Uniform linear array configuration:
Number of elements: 8
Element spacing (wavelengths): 0.25
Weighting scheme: binomial
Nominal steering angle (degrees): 15
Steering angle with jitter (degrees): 16.857
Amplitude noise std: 0.05
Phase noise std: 0.05

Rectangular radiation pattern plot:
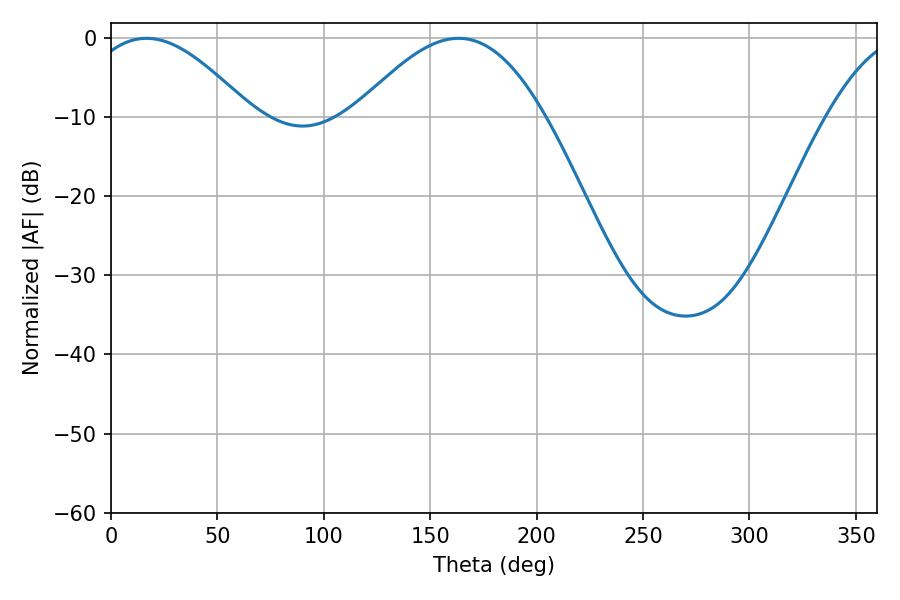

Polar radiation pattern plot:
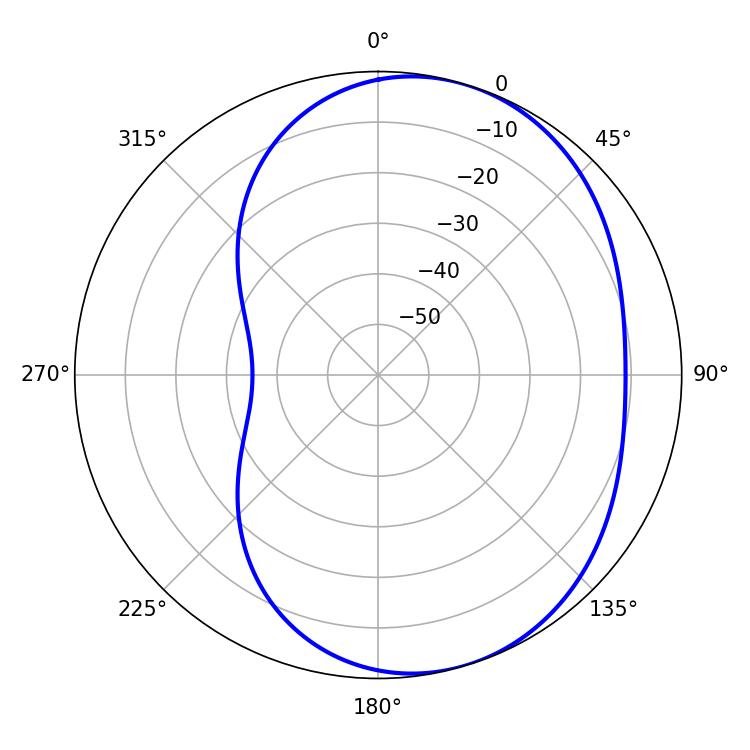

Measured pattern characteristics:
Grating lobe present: FALSE
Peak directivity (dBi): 5.084
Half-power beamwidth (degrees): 42.3
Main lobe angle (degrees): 16.74